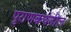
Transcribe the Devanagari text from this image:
पुराणकथेतील